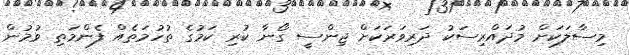
މިސާލަކަށް މުދައްރިސަކު ދަރިވަރަކަށް ޖިންސީ ގޯނާ ކުރި ކަމުގެ ތުހުމަތެއް ފެންމަތި ވުމުން